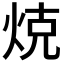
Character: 𭴨